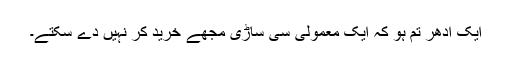
ایک ادھر تم ہو کہ ایک معمولی سی ساڑی مجھے خرید کر نہیں دے سکتے۔